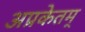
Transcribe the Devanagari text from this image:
अप्रकेतम्